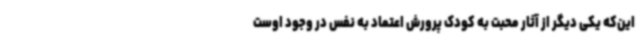
این‌که یکی دیگر از آثار محبت به کودک پرورش اعتماد به نفس در وجود اوست